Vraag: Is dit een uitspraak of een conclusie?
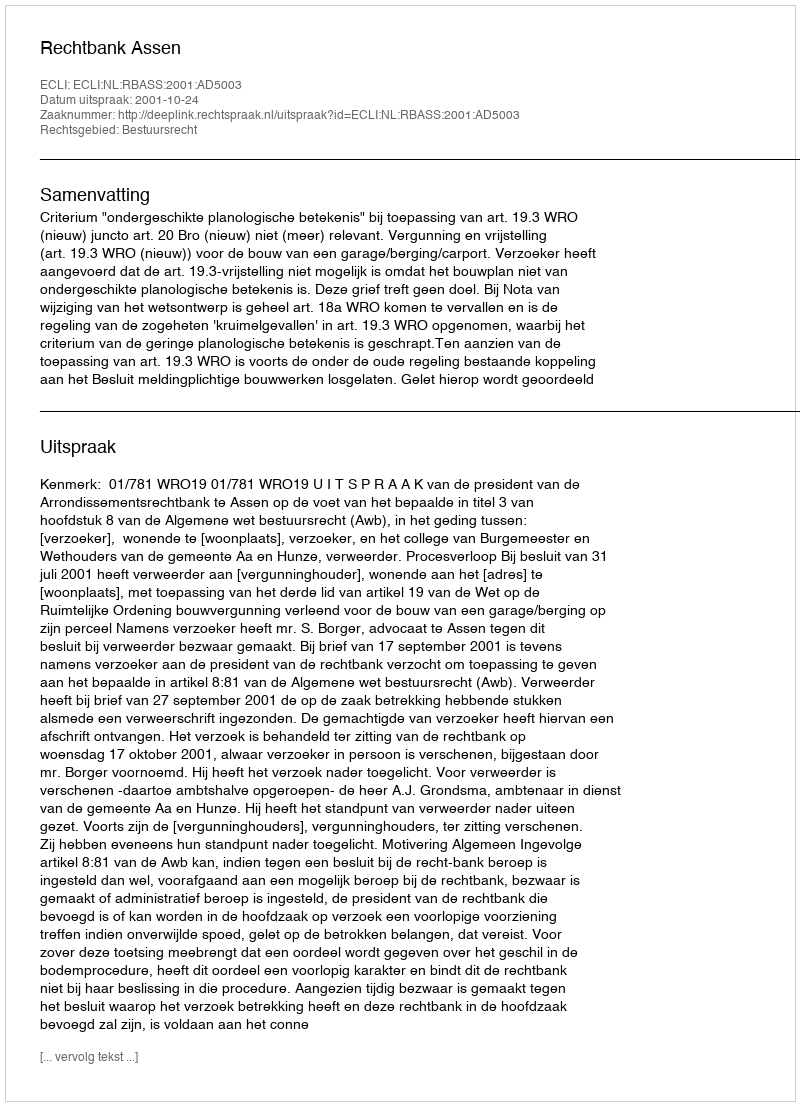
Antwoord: Uitspraak